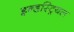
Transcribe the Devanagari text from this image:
इन्डस्ट्रियल